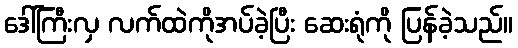
ဒေါ်ကြီးလှ လက်ထဲကိုအပ်ခဲ့ပြီး ဆေးရုံကို ပြန်ခဲ့သည်။